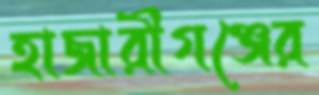
হাজারীগঞ্জের